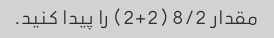
مقدار 8/2 (2+2) را پیدا کنید.